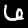
Label: 6